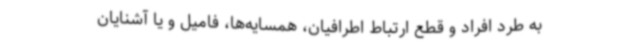
به طرد افراد و قطع ارتباط اطرافیان، همسایه‌ها، فامیل و یا آشنایان